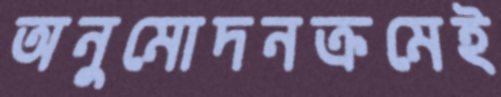
অনুমোদনক্রমেই